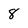
Character: 8